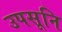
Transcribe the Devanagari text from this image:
उपसूनि